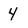
Character: 4